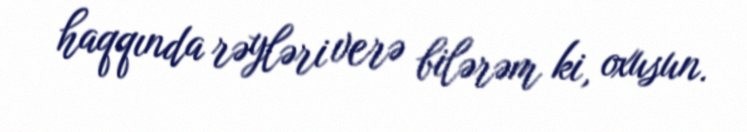
haqqında rəyləri verə bilərəm ki, oxusun.